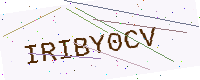
Text: IRIBY0CV